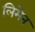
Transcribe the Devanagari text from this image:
लिमेन